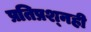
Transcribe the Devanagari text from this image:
प्रतिप्रश्‍नही